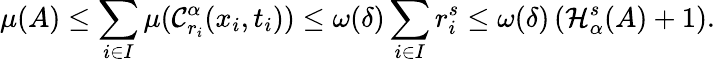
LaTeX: \mu(A)\leq\sum_{i\in I}\mu(\mathcal{C}_{r_{i}}^{\alpha}(x_{i},t_{i}))\leq\omega(\delta)\sum_{i\in I}r_{i}^{s}\leq\omega(\delta)\left(\mathcal{H}_{\alpha}^{s}(A)+1\right).